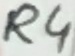
Text: R4